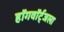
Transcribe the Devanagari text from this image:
हॉगवॉर्ट्‌जला